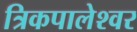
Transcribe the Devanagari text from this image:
त्रिकपालेश्वर